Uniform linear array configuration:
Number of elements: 16
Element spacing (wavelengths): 0.75
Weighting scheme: blackman
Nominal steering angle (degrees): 45
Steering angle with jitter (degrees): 45.633
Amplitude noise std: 0.05
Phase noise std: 0.05

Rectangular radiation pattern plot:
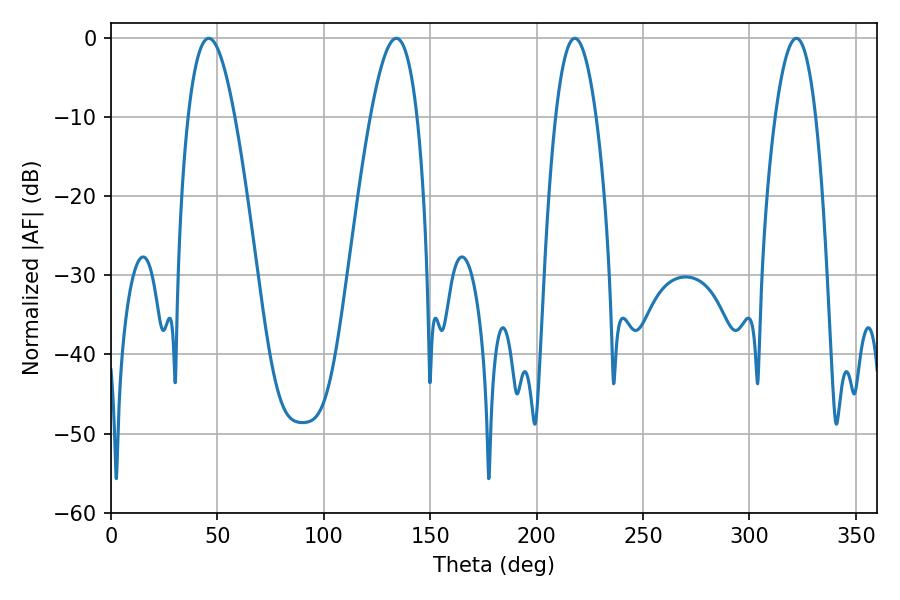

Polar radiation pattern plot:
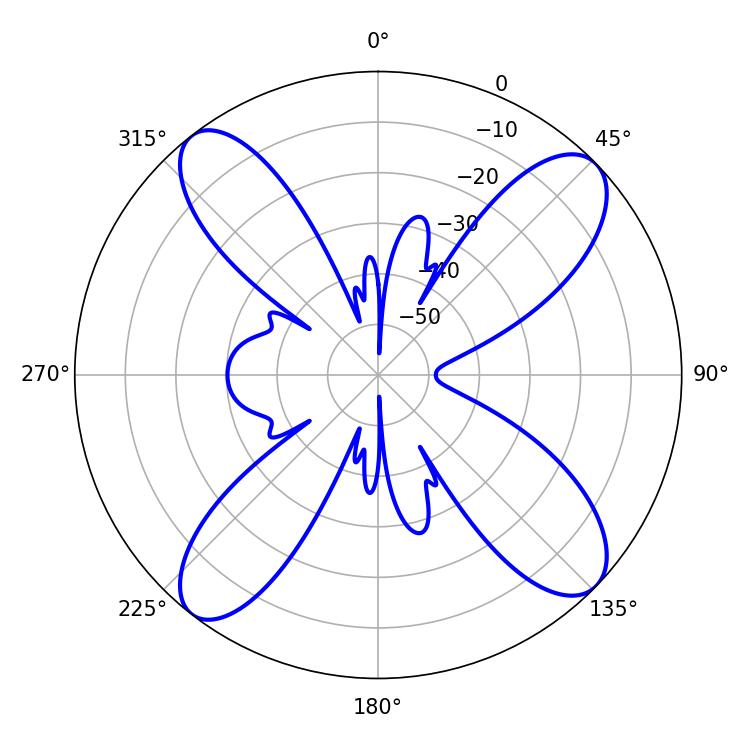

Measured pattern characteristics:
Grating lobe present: TRUE
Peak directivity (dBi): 13.752
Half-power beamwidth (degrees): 11.88
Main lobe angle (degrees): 45.9